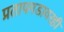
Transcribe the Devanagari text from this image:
प्रतापगडावरही